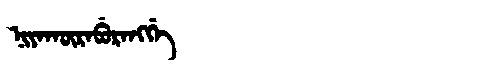
Manchu: ᠨᡳᠶᠠᡴᡡᡵᠠᠪᡠᡵᠠᠩᡤᡝ
Romanization: NIYAKŪRABURANGGE